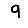
Digit: 9